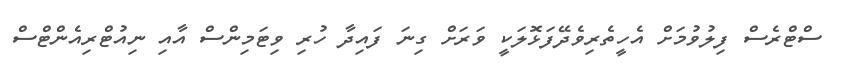
ސްޓްރެސް ފިލުވުމަށް އެހީތެރިވެދޭފަޅޮލަކީ ވަރަށް ގިނަ ފައިދާ ހުރި ވިޓަމިންސް އާއި ނިއުޓްރިއެންޓްސް